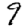
Digit: 9